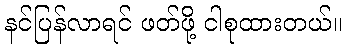
နင်ပြန်လာရင် ဖတ်ဖို့ ငါစုထားတယ်။